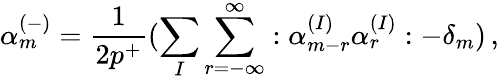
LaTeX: \alpha_{m}^{(-)}=\frac{1}{2p^{+}}(\sum_{I}\sum_{r=-\infty}^{\infty}:\alpha_{m-r}^{(I)}\alpha_{r}^{(I)}:-\delta_{m})\, ,